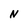
Character: N